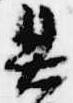
具